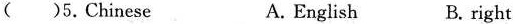
( )5.Chinese A. English B. right